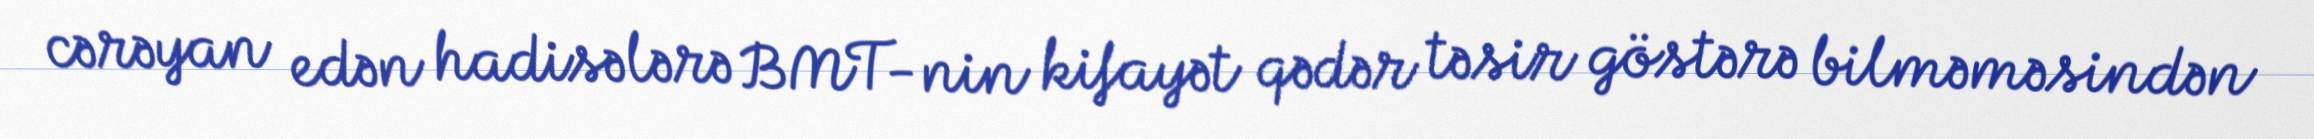
cərəyan edən hadisələrə BMT-nin kifayət qədər təsir göstərə bilməməsindən